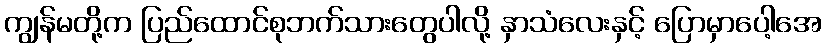
ကျွန်မတို့က ပြည်ထောင်စုဘက်သားတွေပါလို့ နှာသံလေးနှင့် ပြောမှာပေါ့အေ